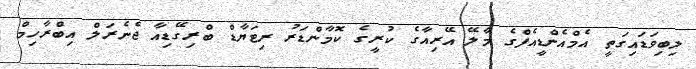
ލިބިވަޑައިގަތީ އެމްއެންޑީއެފްގެ މާލޭ އޭރިއާގެ ކުރީގެ ކޮމާންޑަރު ރިޓަޔާޑް ބްރިގޭޑިއާ ޖެނެރަލް އިބްރާހިމް